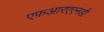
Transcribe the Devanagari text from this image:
एफ़आरएएनडी